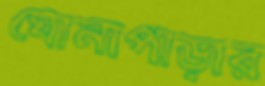
ঘোনাপাড়ার